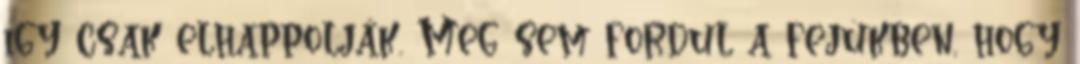
így csak elhappolják. Meg sem fordul a fejükben, hogy